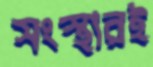
সংস্থারই